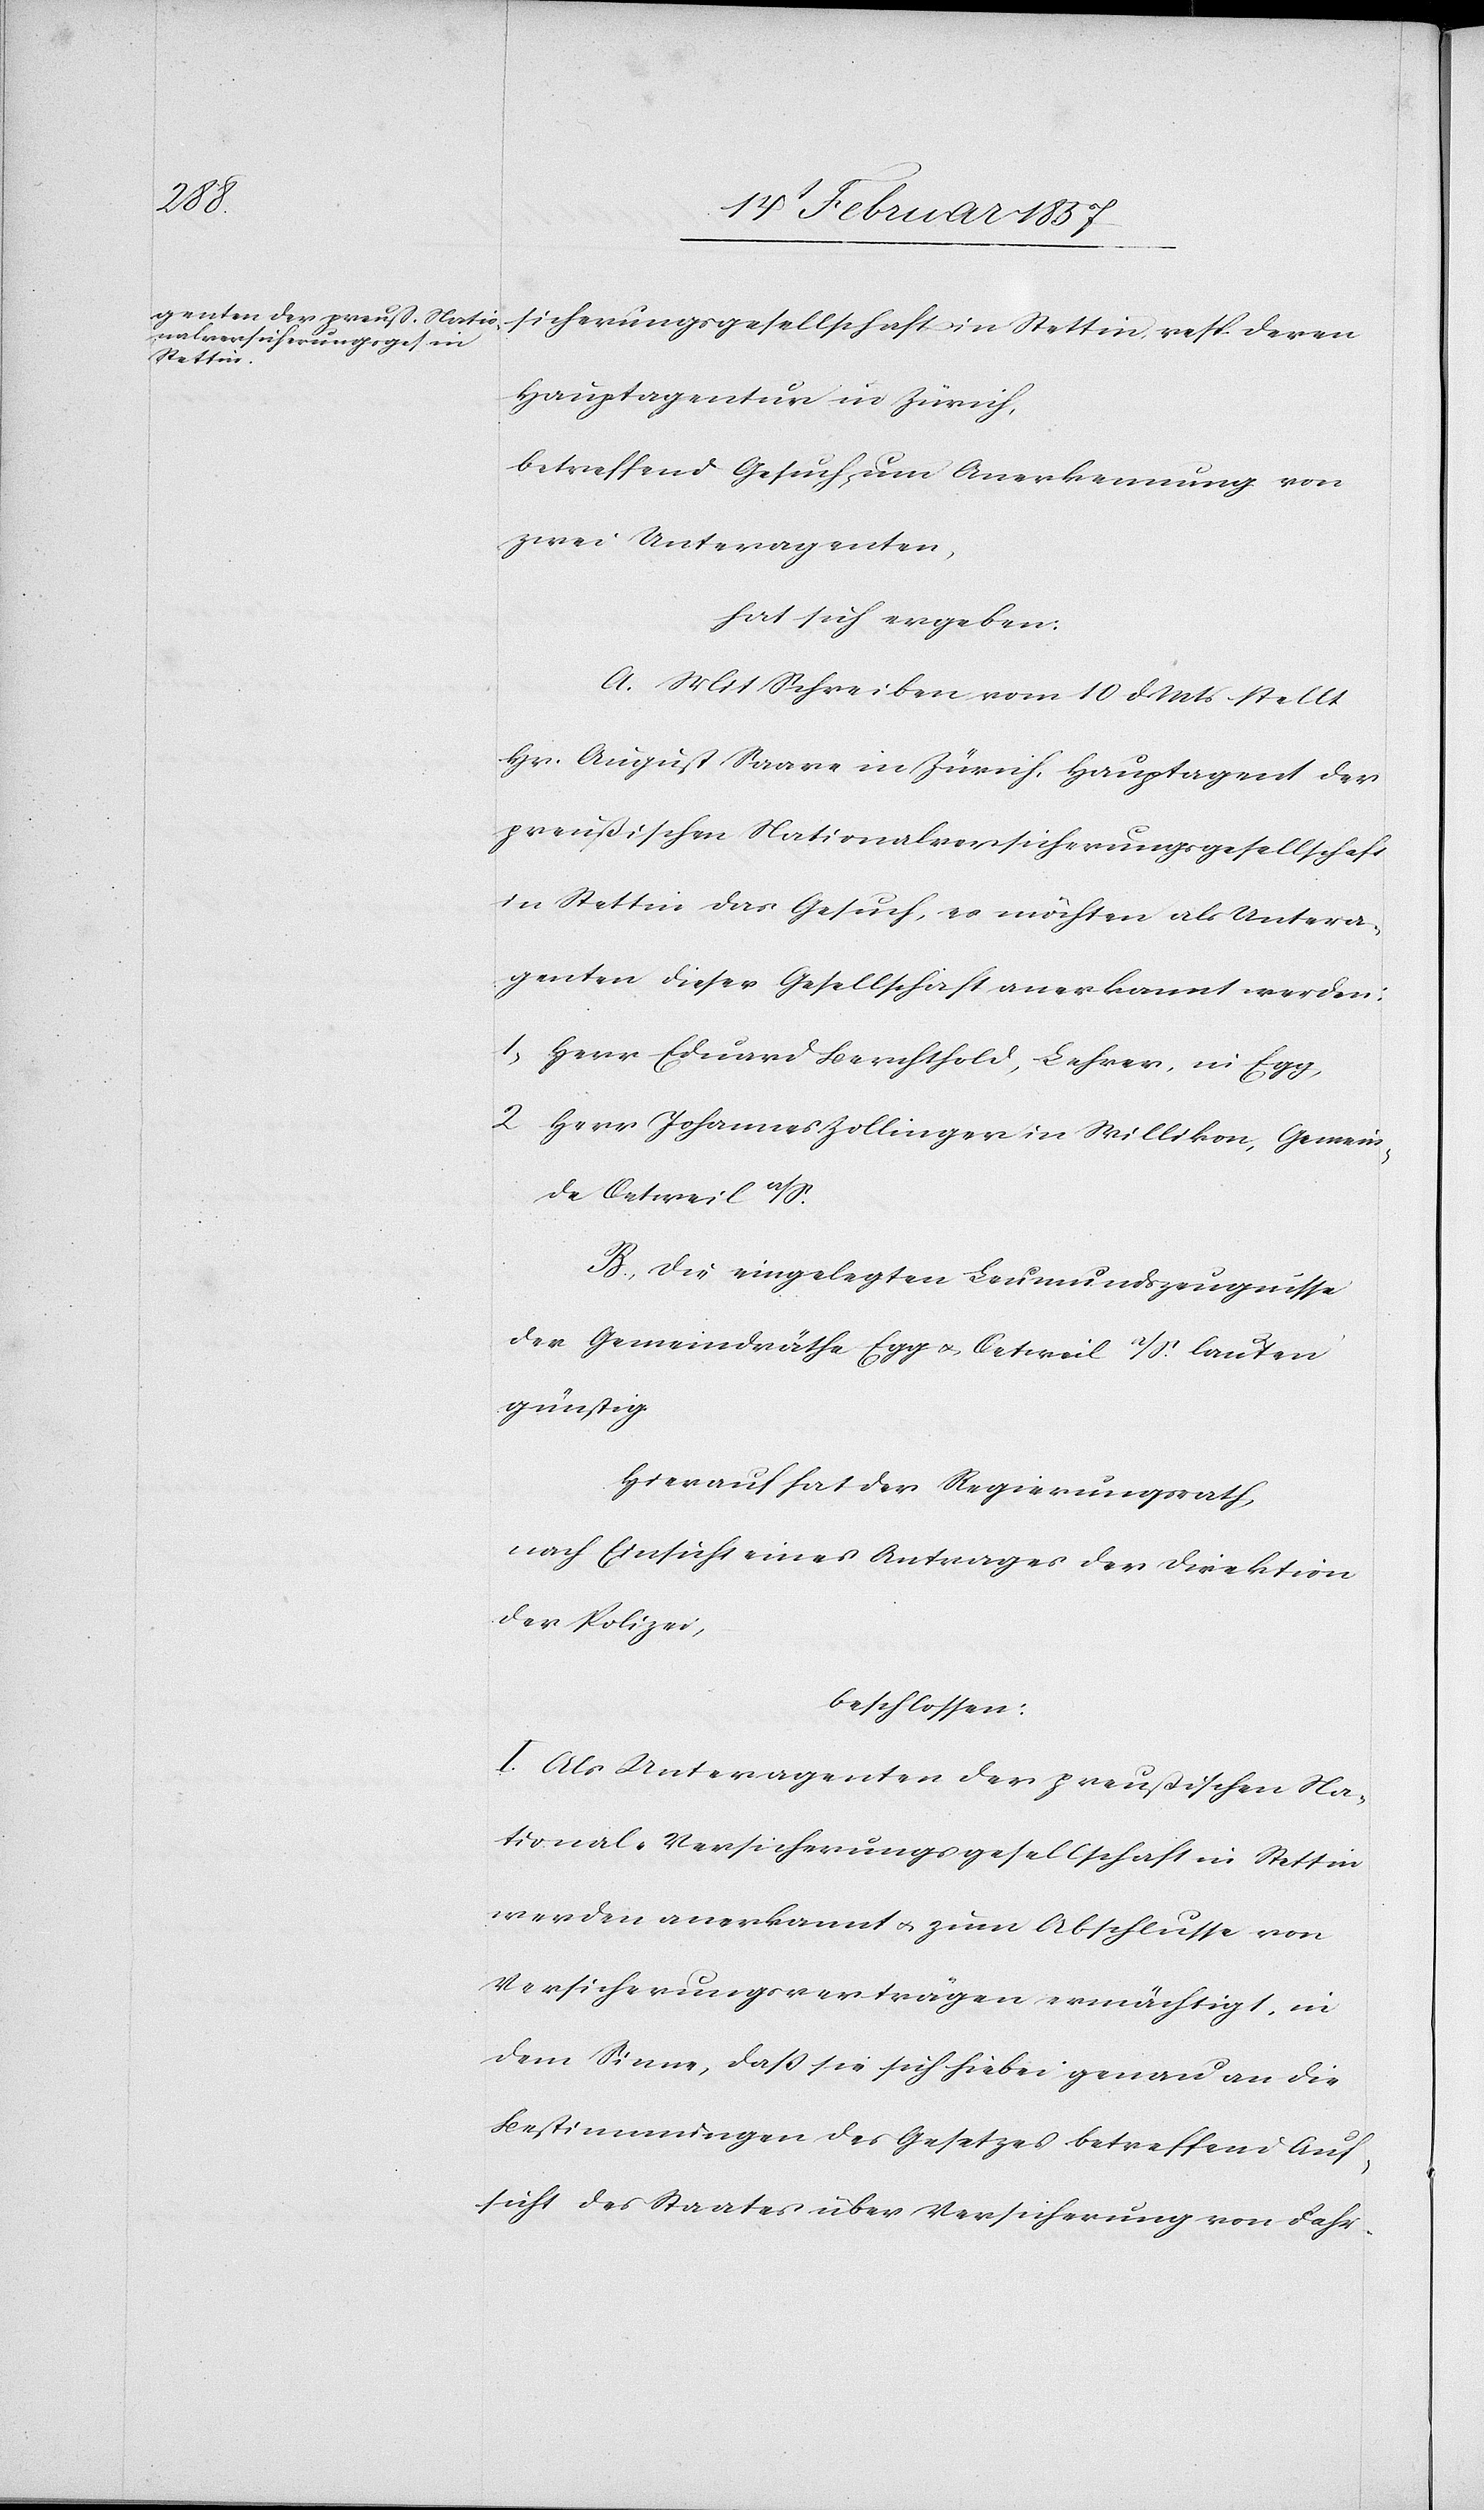
sicherungsgesellschaft in Stettin resp. deren
Hauptagentur in Zürich,
betreffend Gesuch um Anerkennung von
zwei Unteragenten,
hat sich ergeben:
A. Mit Schreiben vom 10 d. Mts stellt
Hr. August Saare in Zürich, Hauptagent der
preußischen Nationalversicherungsgesellschaft
in Stettin das Gesuch, es möchten als Untera¬
genten dieser Gesellschaft anerkannt werden:
1. Herr Eduard Berchthold, Lehrer, in Egg
2 Herr Johannes Zollinger in Willikon, Gemein¬
de Oetweil a/S.
B. Die eingelegten Leumundszeugnisse
der Gemeindräthe Egg u. Oetweil a/S. lauten
günstig.
Hierauf hat der Regierungsrath,
nach Einsicht eines Antrages der Direktion
der Polizei,
beschlossen:
I. Als Unteragenten der preußischen Na¬
tional-Versicherungsgesellschaft in Stettin
werden anerkannt u. zum Abschlusse von
Versicherungsverträgen ermächtigt, in
dem Sinne, daß sie sich hiebei genau an die
Bestimmungen des Gesetzes betreffend Auf¬
sicht des Staates über Versicherung von Fahr-